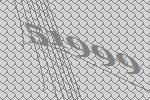
51999